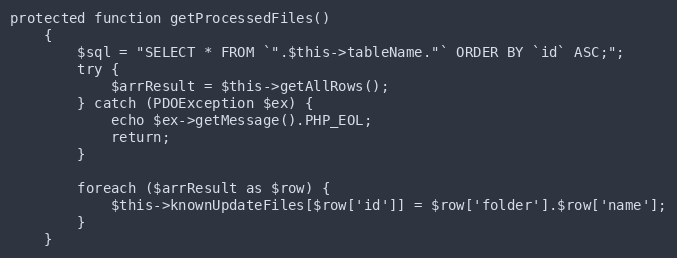
Language: PHP
protected function getProcessedFiles()
    {
        $sql = "SELECT * FROM `".$this->tableName."` ORDER BY `id` ASC;";
        try {
            $arrResult = $this->getAllRows();
        } catch (PDOException $ex) {
            echo $ex->getMessage().PHP_EOL;
            return;
        }

        foreach ($arrResult as $row) {
            $this->knownUpdateFiles[$row['id']] = $row['folder'].$row['name'];
        }
    }